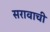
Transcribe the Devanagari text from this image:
सरावाची